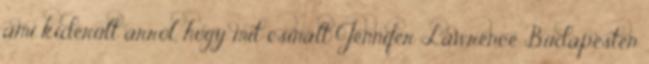
ami kiderült arról, hogy mit csinált Jennifer Lawrence Budapesten